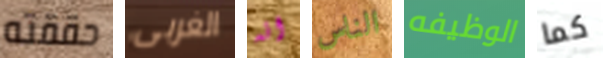
حققته الغربى انه الناس الوظيفه كما